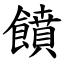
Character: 饙